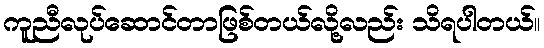
ကူညီလုပ်ဆောင်တာဖြစ်တယ်လို့လည်း သိရပါတယ်။